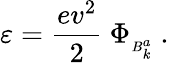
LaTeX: \varepsilon=\frac{ev^{2}}{2}\ \Phi_{{}_{B_{k}^{a}}}\ .